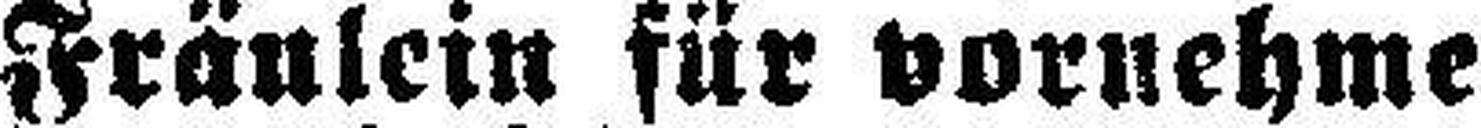
Fräulein für vornehme